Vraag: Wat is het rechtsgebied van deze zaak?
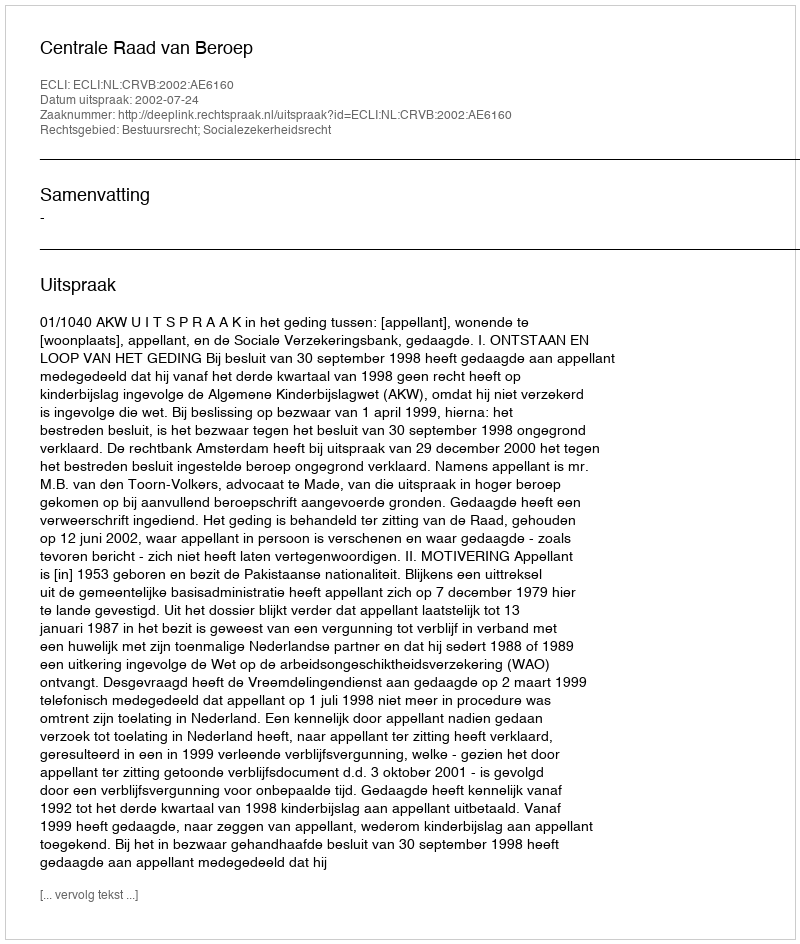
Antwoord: Bestuursrecht; Socialezekerheidsrecht